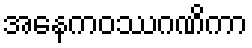
အနေကဝဿဂဏိကာ